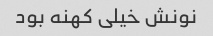
نونش خیلی کهنه بود